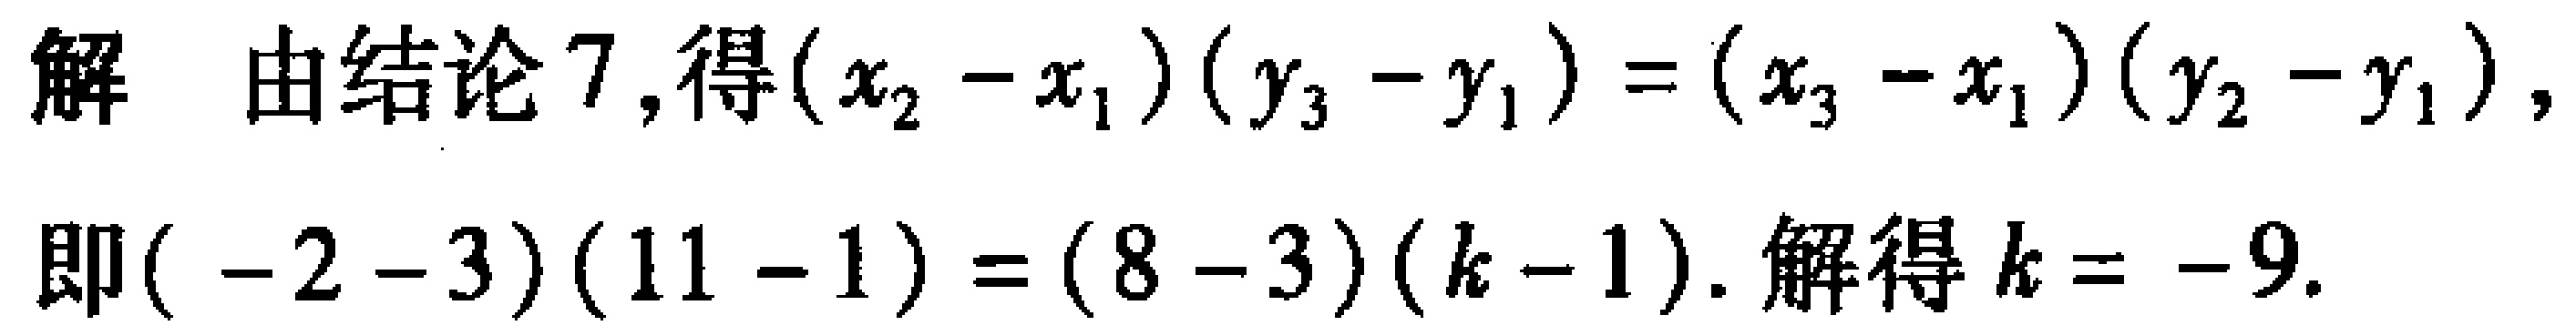
解 由结论7,得\((x_{2}-x_{1})(y_{3}-y_{1})=(x_{3}-x_{1})(y_{2}-y_{1})\)，
即\(( -2 - 3)(11 - 1)=(8 - 3)(k - 1)\). 解得\(k = - 9\).